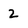
Character: 2